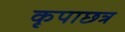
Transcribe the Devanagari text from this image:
कृपाछत्र